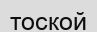
тоской